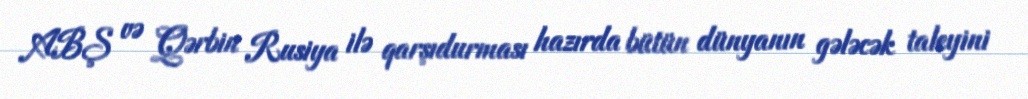
ABŞ və Qərbin Rusiya ilə qarşıdurması hazırda bütün dünyanın gələcək taleyini